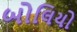
બોલિયો